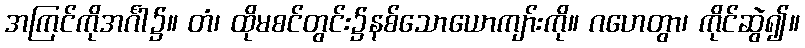
အကြင်ကိုအင်္ဂါ၌။ တံ၊ ထိုမစင်တွင်း၌နစ်သောယောကျာ်းကို။ ဂဟေတွာ၊ ကိုင်ဆွဲ၍။